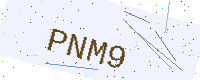
Text: PNM9